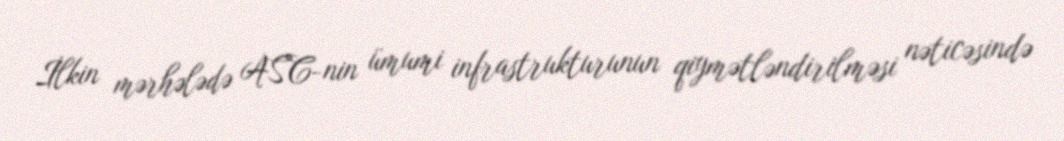
İlkin mərhələdə ASC-nin ümumi infrastrukturunun qiymətləndirilməsi nəticəsində